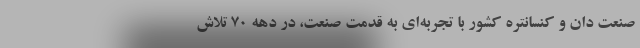
صنعت دان و کنسانتره کشور با تجربه‌ای به قدمت صنعت، در دهه 70 تلاش